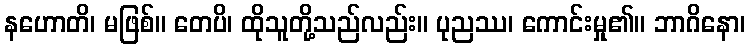
နဟောတိ၊ မဖြစ်။ တေပိ၊ ထိုသူတို့သည်လည်း။ ပုညဿ၊ ကောင်းမှု၏။ ဘာဂိနော၊